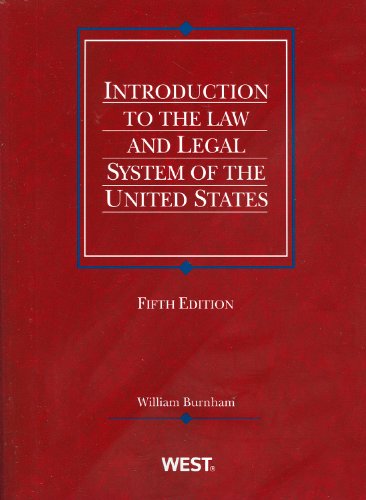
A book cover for Introduction to the Law and Legal System of the United States (American Casebook Series); William Burnham; Law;